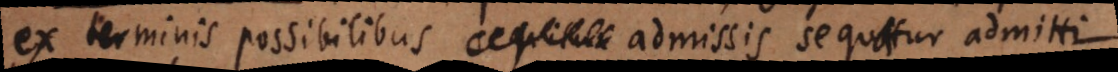
ex terminis possibilibus admissis sequatur admitti